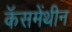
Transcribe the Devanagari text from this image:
कॅसमेंथीन